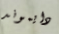
دايموند